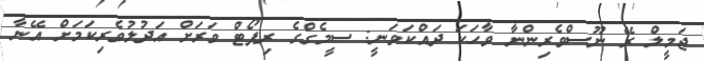
ޖަމީލް ރޭ ނޫސްވެރިންނާ ވާހަކަ ދައްކަވަނީ: ސީމެގްގެ ރިޕޯޓް ވަރަށް އަދުލުވެރިކަމަށް އޭނާ